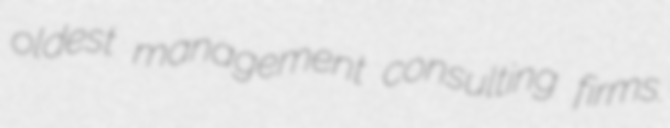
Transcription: oldest management consulting firms.